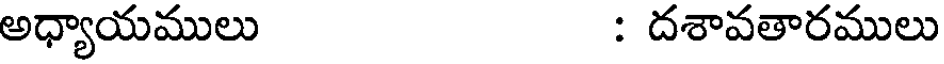
అధ్యాయములు : దశావతారములు